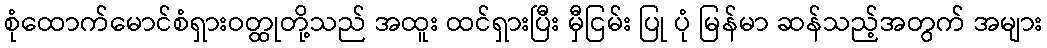
စုံထောက်မောင်စံရှားဝတ္ထုတို့သည် အထူး ထင်ရှားပြီး မှီငြမ်း ပြု ပုံ မြန်မာ ဆန်သည့်အတွက် အများ